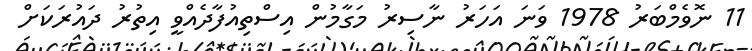
11 ނޮވެމްބަރު 1978 ވަނަ އަހަރު ނާސިރު މަގާމުން އިސްތިއުފާދެއްވީ އިތުރު ދައުރަކަށް